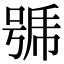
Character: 𭈹